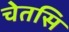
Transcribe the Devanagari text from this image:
चेतसि